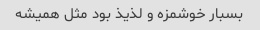
بسبار خوشمزه و لذیذ بود مثل همیشه